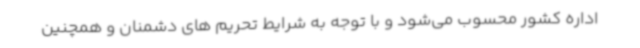
اداره کشور محسوب می‌شود و با توجه به شرایط تحریم های دشمنان و همچنین